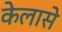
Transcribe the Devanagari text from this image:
केलासे